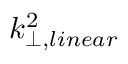
k _ { \perp , l i n e a r } ^ { 2 }